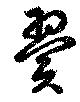
翼